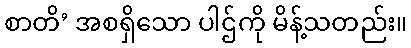
စာတိ’ အစရှိသော ပါဌ်ကို မိန့်သတည်း။